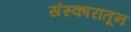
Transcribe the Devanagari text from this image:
संस्कारांतून